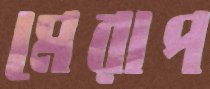
মেরাপ